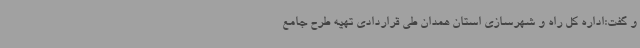
و گفت:اداره کل راه و شهرسازی استان همدان طی قراردادی تهیه طرح جامع